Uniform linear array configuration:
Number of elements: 64
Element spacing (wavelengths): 0.25
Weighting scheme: hamming
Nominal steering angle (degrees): -45
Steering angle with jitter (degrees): -44.357
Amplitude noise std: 0.05
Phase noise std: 0.05

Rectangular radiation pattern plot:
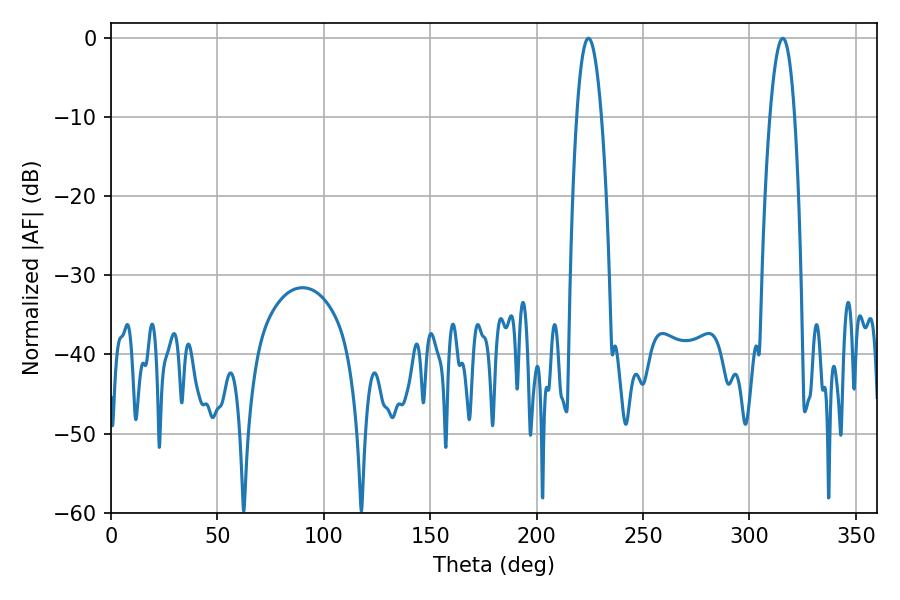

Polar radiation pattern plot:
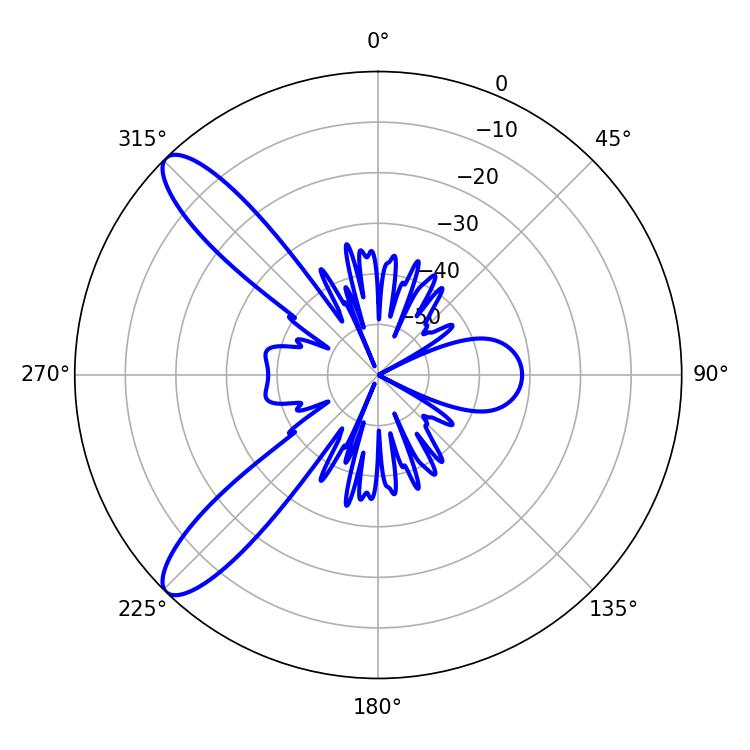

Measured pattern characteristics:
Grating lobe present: FALSE
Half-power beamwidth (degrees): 6.48
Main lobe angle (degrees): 315.72